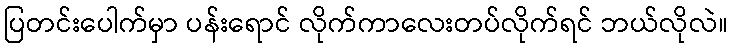
ပြတင်းပေါက်မှာ ပန်းရောင် လိုက်ကာလေးတပ်လိုက်ရင် ဘယ်လိုလဲ။